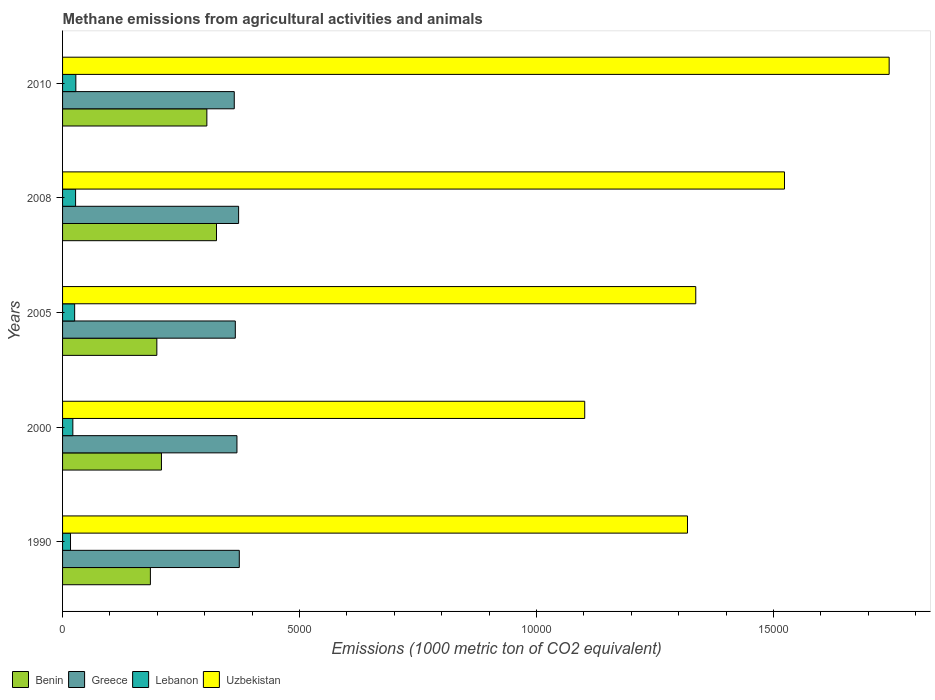
| Years | Benin | Greece | Lebanon | Uzbekistan |
 | --- | --- | --- | --- | --- |
 | 1990 | 1.85e+03 | 3.73e+03 | 168 | 1.32e+04 |
 | 2000 | 2.09e+03 | 3.68e+03 | 217 | 1.1e+04 |
 | 2005 | 1.99e+03 | 3.64e+03 | 255 | 1.34e+04 |
 | 2008 | 3.25e+03 | 3.71e+03 | 275 | 1.52e+04 |
 | 2010 | 3.04e+03 | 3.62e+03 | 280 | 1.74e+04 |